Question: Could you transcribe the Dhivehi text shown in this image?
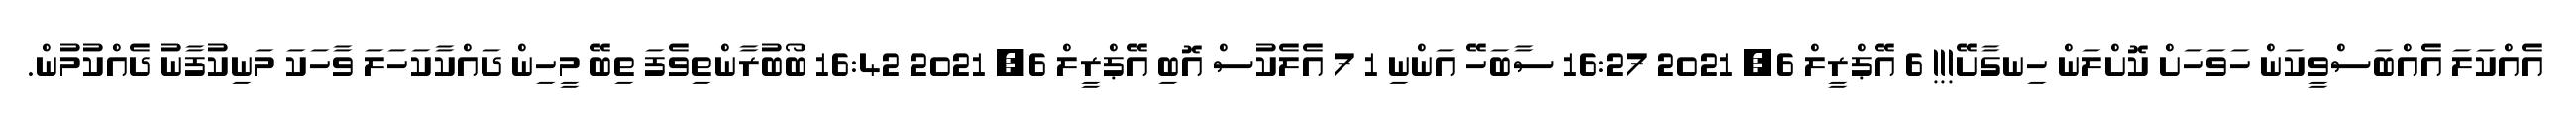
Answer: އެއްކަލަ އެއްބަސްވީކަން ހަވަހަށް ކޮށްލަން ހިނގާށޭ!!! 6 އޭޕްރީލް 6, 2021 16:27 ސާބަހޭ އަންނި 1 7 އެލެކުސް އޮބި އޭޕްރީލް 6, 2021 16:42 ބޯބުރާންތިވެފަ ތިބޭ މީހިން ދައްކާކަހަލަ ވާހަކަ މަނިކުފާނު ދެއްކުމުން.